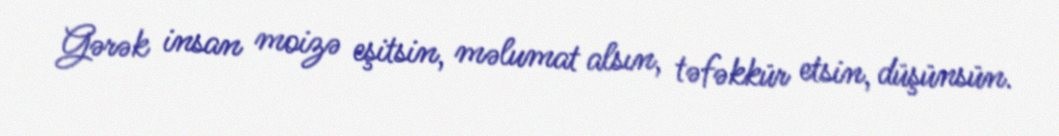
Gərək insan moizə eşitsin, məlumat alsın, təfəkkür etsin, düşünsün.